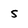
Character: 5